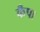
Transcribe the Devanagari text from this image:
कँपा